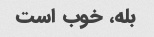
بله، خوب است